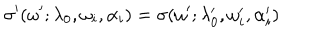
LaTeX: \sigma ^ { \prime } ( \omega ^ { \prime } ; \lambda _ { 0 } , \omega _ { i } , \alpha _ { i } ) = \sigma ( \omega ^ { \prime } ; \lambda _ { 0 } ^ { \prime } , \omega _ { i } ^ { \prime } , \alpha _ { i } ^ { \prime } )